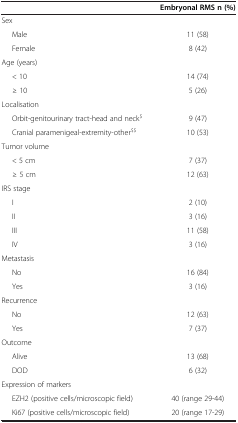
<table><thead><tr><td><b> </b></td><td><b>Embryonal RMS n (%)</b></td></tr></thead><tbody><tr><td>Sex</td><td> </td></tr><tr><td>Male</td><td>11 (58)</td></tr><tr><td>Female</td><td>8 (42)</td></tr><tr><td>Age (years)</td><td> </td></tr><tr><td>&lt; 10</td><td>14 (74)</td></tr><tr><td>≥ 10</td><td>5 (26)</td></tr><tr><td>Localisation</td><td> </td></tr><tr><td>Orbit-genitourinary tract-head and neck<sup>$</sup></td><td>9 (47)</td></tr><tr><td>Cranial paramenigeal-extremity-other<sup>$$</sup></td><td>10 (53)</td></tr><tr><td>Tumor volume</td><td> </td></tr><tr><td>&lt; 5 cm</td><td>7 (37)</td></tr><tr><td>≥ 5 cm</td><td>12 (63)</td></tr><tr><td>IRS stage</td><td> </td></tr><tr><td>I</td><td>2 (10)</td></tr><tr><td>II</td><td>3 (16)</td></tr><tr><td>III</td><td>11 (58)</td></tr><tr><td>IV</td><td>3 (16)</td></tr><tr><td>Metastasis</td><td> </td></tr><tr><td>No</td><td>16 (84)</td></tr><tr><td>Yes</td><td>3 (16)</td></tr><tr><td>Recurrence</td><td> </td></tr><tr><td>No</td><td>12 (63)</td></tr><tr><td>Yes</td><td>7 (37)</td></tr><tr><td>Outcome</td><td> </td></tr><tr><td>Alive</td><td>13 (68)</td></tr><tr><td>DOD</td><td>6 (32)</td></tr><tr><td>Expression of markers</td><td> </td></tr><tr><td>EZH2 (positive cells/microscopic field)</td><td>40 (range 29-44)</td></tr><tr><td>Ki67 (positive cells/microscopic field)</td><td>20 (range 17-29)</td></tr></tbody></table>